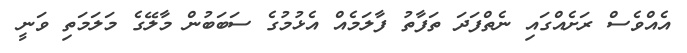
އެއްވެސް ރަށެއްގައި ނެތްފަދަ ތަފާތު ފާލަމެއް އެޅުމުގެ ސަބަބުން މާލޭގެ މަލަމަތި ވަނީ